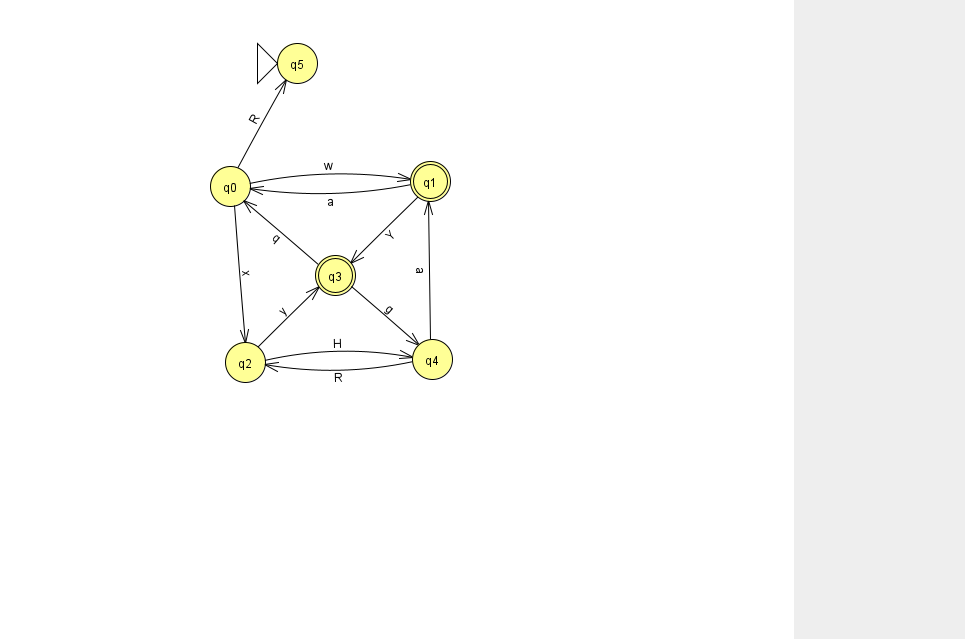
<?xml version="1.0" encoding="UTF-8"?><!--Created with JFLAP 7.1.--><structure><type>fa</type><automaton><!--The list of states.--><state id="0" name="q0"><x>230.0</x><y>173.0</y></state><state id="1" name="q1"><x>430.0</x><y>168.0</y><final/></state><state id="2" name="q2"><x>245.0</x><y>349.0</y></state><state id="3" name="q3"><x>335.0</x><y>262.0</y><final/></state><state id="4" name="q4"><x>432.0</x><y>346.0</y></state><state id="5" name="q5"><x>297.0</x><y>50.0</y><initial/></state><!--The list of transitions.--><transition><from>3</from><to>4</to><read>g</read></transition><transition><from>2</from><to>3</to><read>y</read></transition><transition><from>1</from><to>0</to><read>a</read></transition><transition><from>3</from><to>0</to><read>q</read></transition><transition><from>0</from><to>2</to><read>x</read></transition><transition><from>0</from><to>1</to><read>w</read></transition><transition><from>4</from><to>1</to><read>a</read></transition><transition><from>0</from><to>5</to><read>R</read></transition><transition><from>2</from><to>4</to><read>H</read></transition><transition><from>1</from><to>3</to><read>Y</read></transition><transition><from>4</from><to>2</to><read>R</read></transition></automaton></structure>